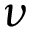
\nu